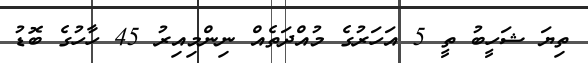
ތިޔަ ޝަހީބު ތީ 5 އަހަރުގެ މުއްދަތެއް ނިންމިއިރު 45 ހާހުގެ ބޮޑު